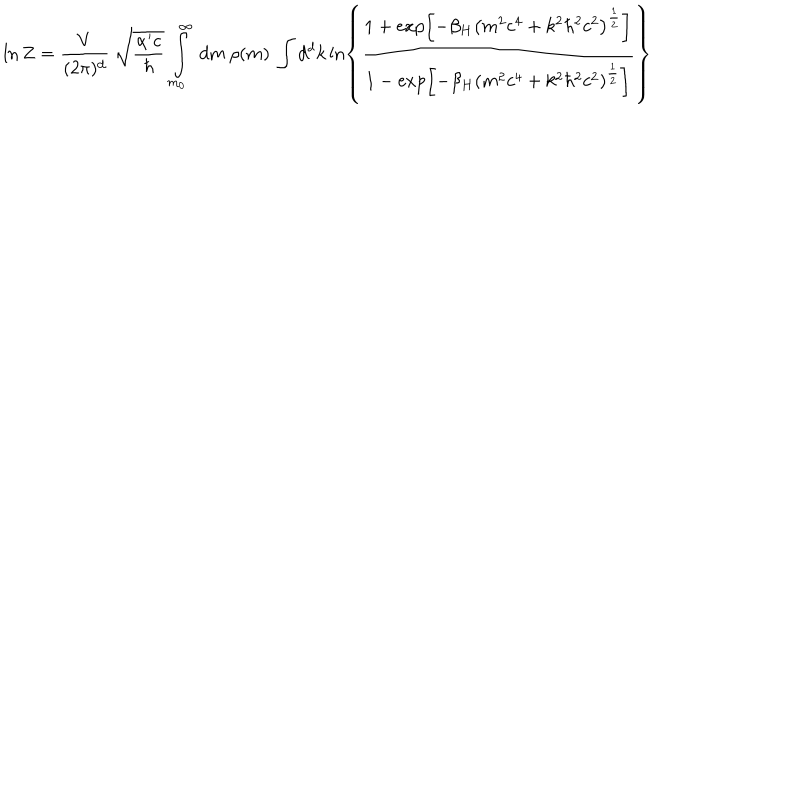
\ln Z = \frac { V } { ( 2 \pi ) ^ { d } } \: \sqrt { \frac { \alpha ^ { \prime } c } { \hbar } } \: \int _ { m _ { 0 } } ^ { \infty } \: d m \: \rho ( m ) \: \int d ^ { d } k \ln \left\lbrace \frac { 1 + \exp \left\lbrack - \beta _ { H } \left( m ^ { 2 } c ^ { 4 } + k ^ { 2 } \hbar ^ { 2 } c ^ { 2 } \right) ^ { \frac { 1 } { 2 } } \right\rbrack } { 1 - \exp \left\lbrack - \beta _ { H } \left( m ^ { 2 } c ^ { 4 } + k ^ { 2 } \hbar ^ { 2 } c ^ { 2 } \right) ^ { \frac { 1 } { 2 } } \right\rbrack } \right\rbrace